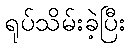
ရုပ်သိမ်းခဲ့ပြီး